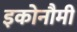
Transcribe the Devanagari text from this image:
इकोनौमी